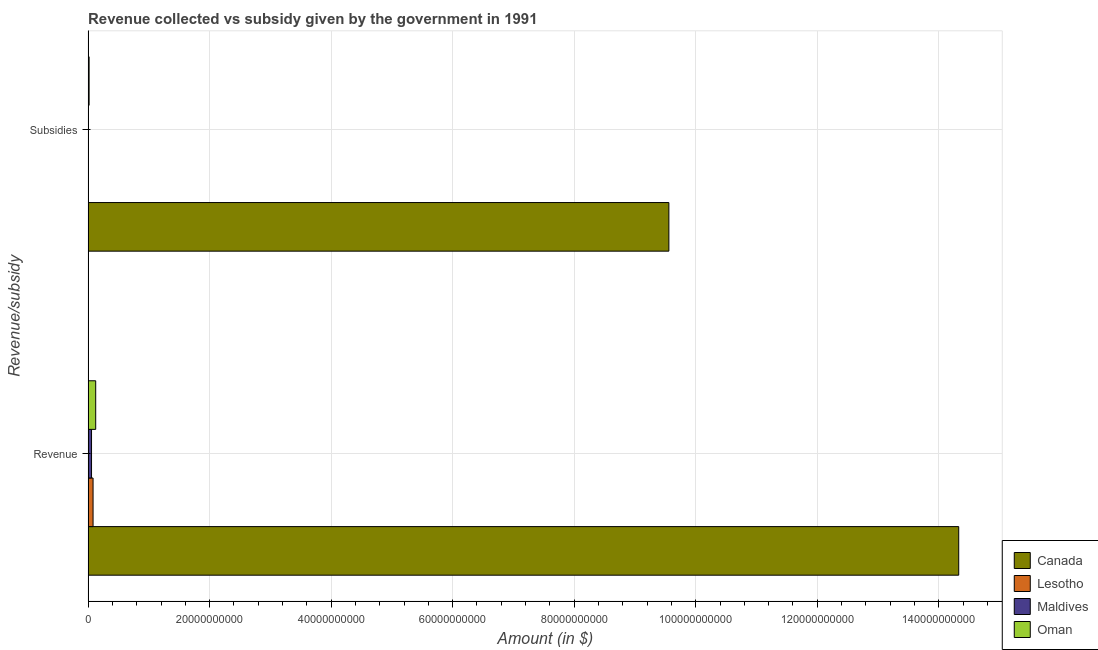
| Revenue/subsidy | Canada | Lesotho | Maldives | Oman |
 | --- | --- | --- | --- | --- |
 | Revenue | 1.43e+11 | 8.2e+08 | 5.68e+08 | 1.25e+09 |
 | Subsidies | 9.56e+10 | 6.53e+07 | 4.8e+06 | 1.67e+08 |